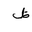
Letter: _za